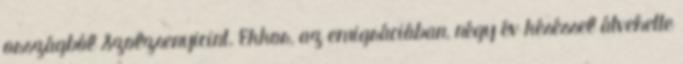
országból Szolzsenyicint. Ekkor, az emigrációban, négy év késéssel átvehette